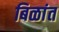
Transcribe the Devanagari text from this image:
बिळांत